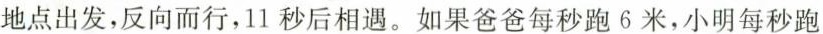
地点出发，反向而行，11秒后相遇。如果爸爸每秒跑6米，小明每秒跑